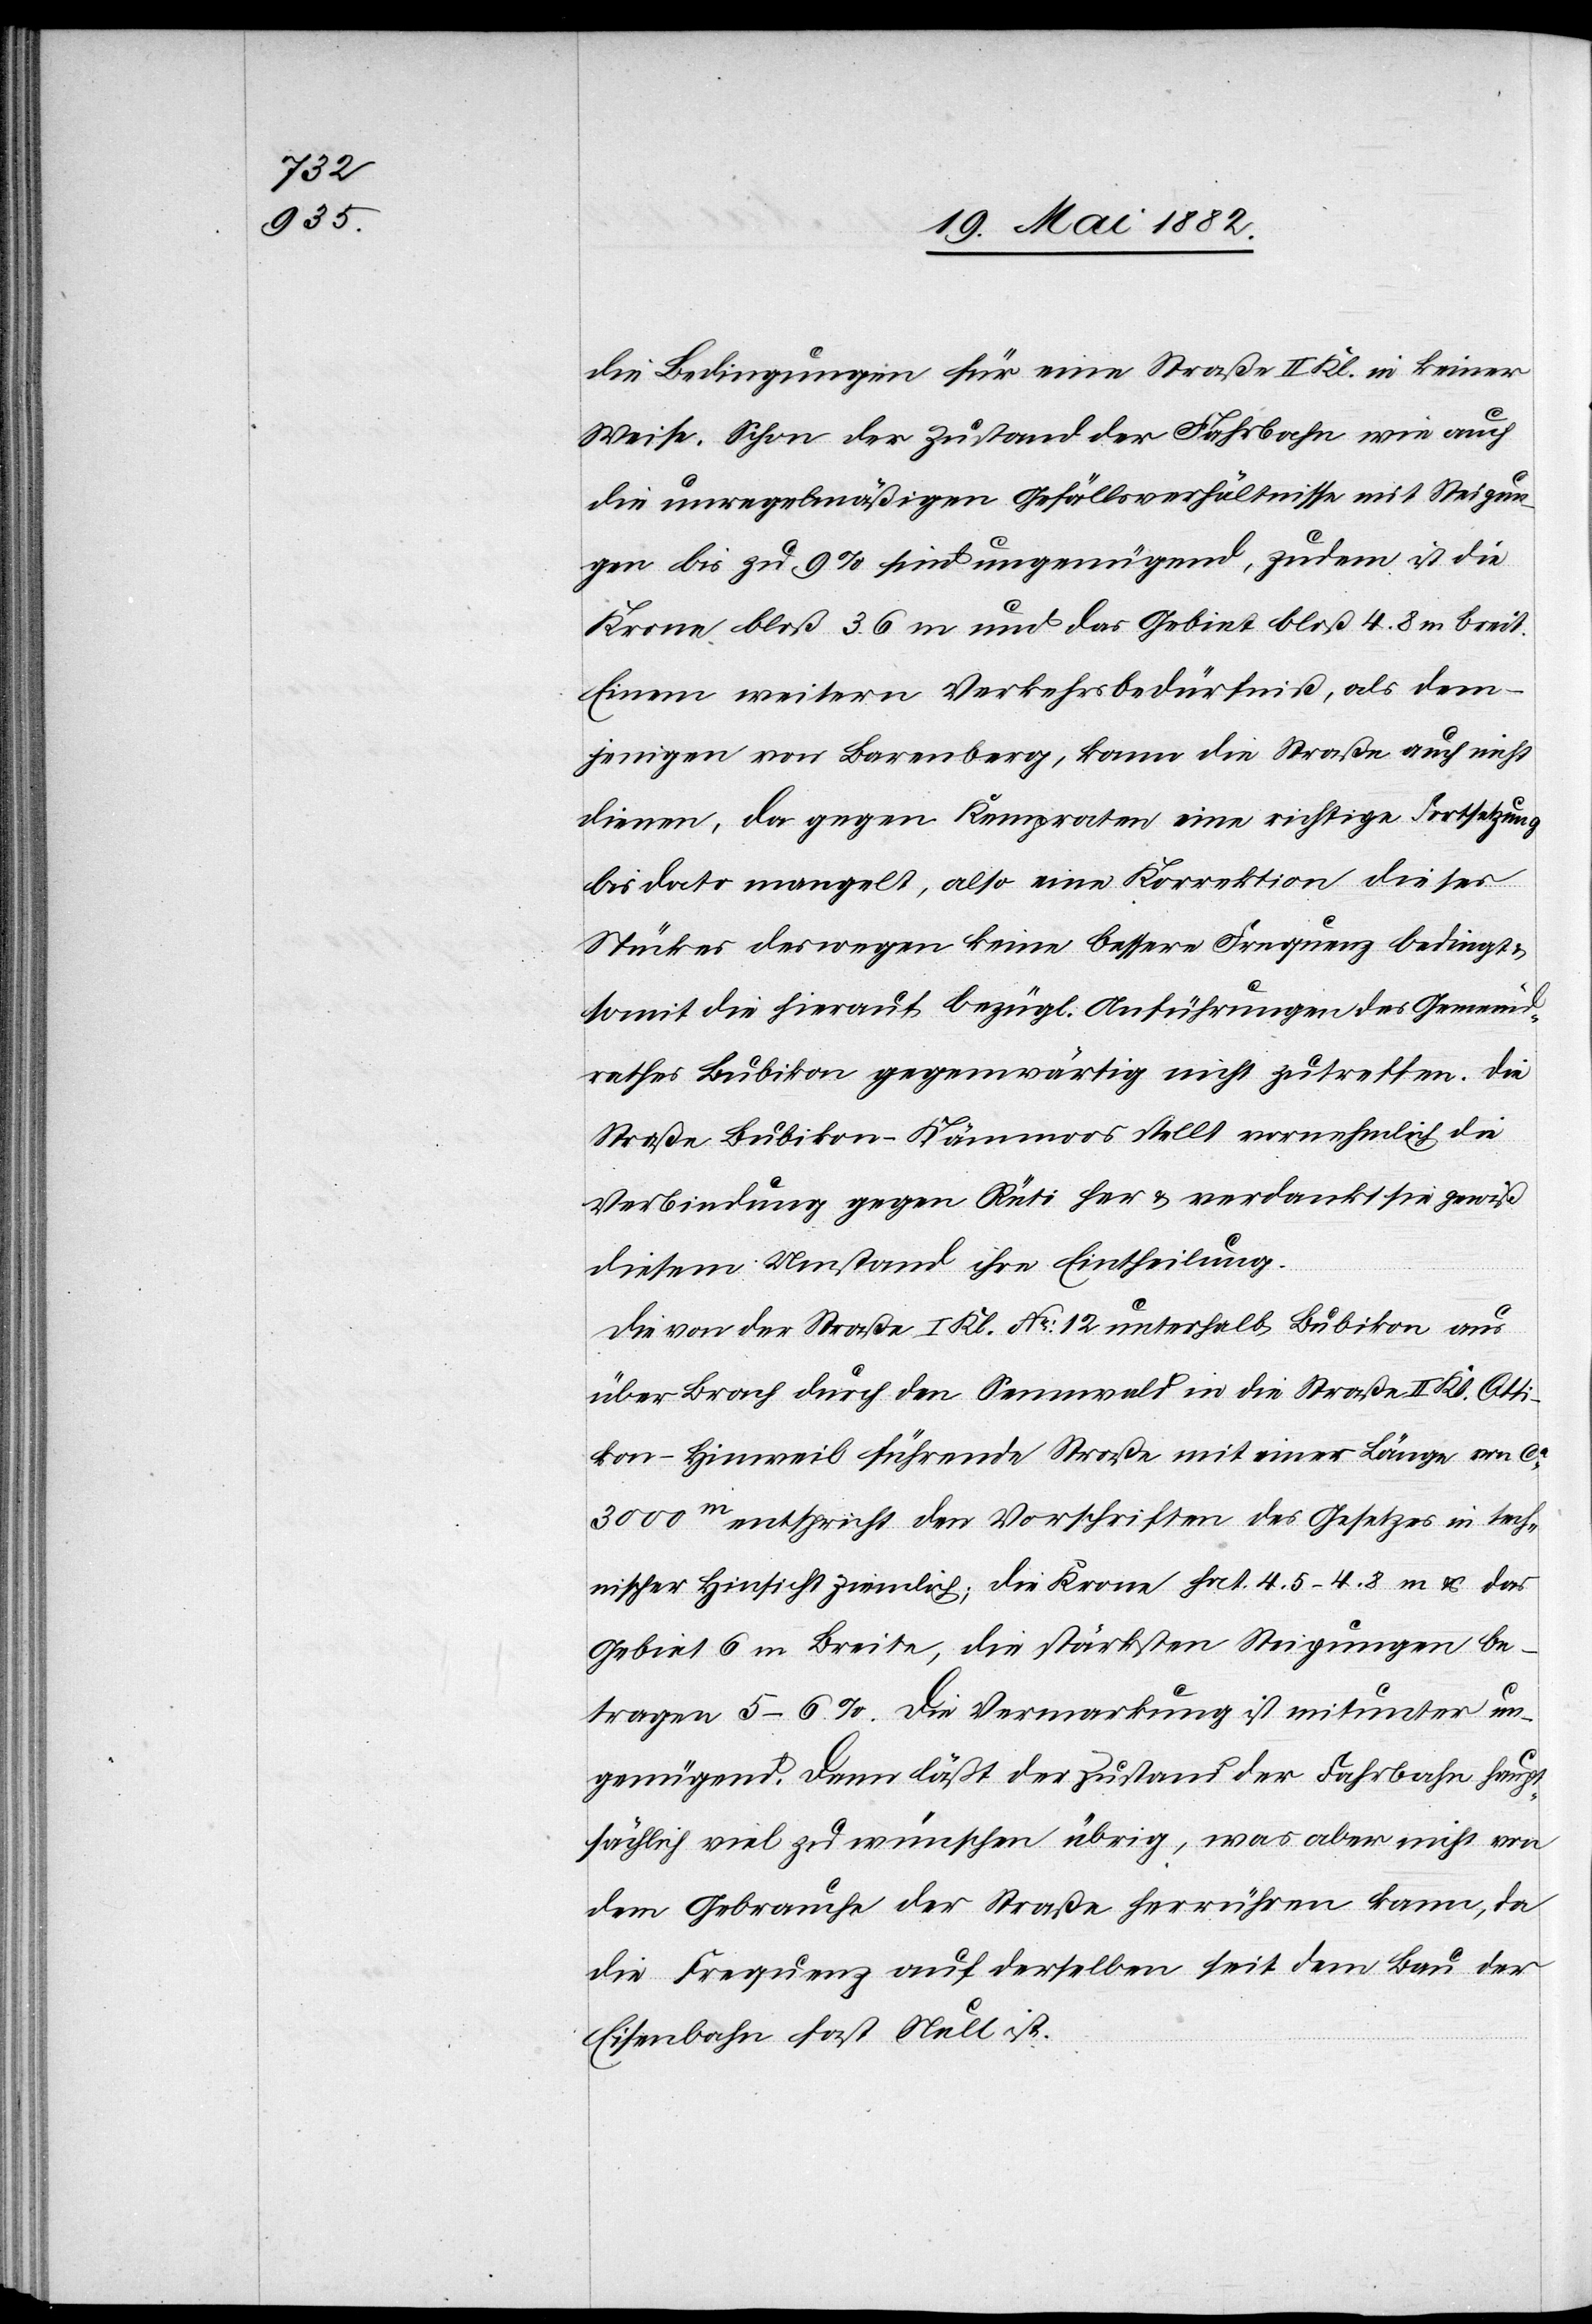
die Bedingungen für eine Straße II. Kl. in keiner
Weise. Schon der Zustand der Fahrbahn wie auch
die unregelmäßigen Gefällsverhältnisse mit Steigun¬
gen bis zu 9% sind ungenügend, zudem ist die
Krone bloß 3.6 m und das Gebiet bloß 4.8 m breit.
Einem weitern Verkehrsbedürfniß, als dem¬
jenigen von Barenberg, kann die Straße auch nicht
dienen, da gegen Kempraten eine richtige Fortsetzung
bis dato mangelt, also eine Korrektion dieser
Strecke deswegen keine bessere Frequenz bedingt
somit die hierauf bezügl. Anführungen des Gemeind¬
rathes Bubikon gegenwärtig nicht zutreffen. Die
Straße Bubikon–Kämmoos stellt vornehmlich die
Verbindung gegen Rüti her & verdankt sie gewiß
diesem Umstand ihre Eintheilung.
Die von der Straße I. Kl. No 12 unterhalb Bubikon aus
über Brach durch den Sennwald in die Straße II. Kl. Otti¬
kon–Hinweil führende Straße mit einer Länge von ca
3000m entspricht den Vorschriften des Gesetzes in tech¬
nischer Hinsicht ziemlich; die Krone hat 4.5–4.8 m & das
Gebiet 6 m Breite, die stärksten Steigungen be¬
tragen 5–6%. Die Vermarkung ist mitunter un¬
genügend. Dann läßt der Zustand der Fahrbahn haup¬
tsächlich viel zu wünschen übrig, was aber nicht von
dem Gebrauche der Straße herrühren kann, da
die Frequenz auf derselben seit dem Bau der
Eisenbahn fast Null ist.